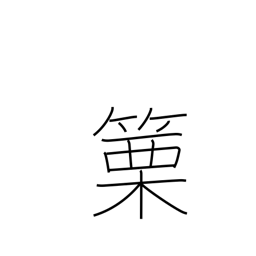
Meaning: horn